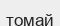
томай